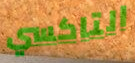
التاكسي